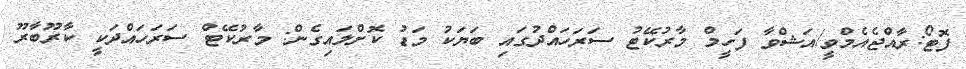
ފޮޓޯ:ރާއްޖެއެމްވީ/އަޝްވާ ފަހީމް މާރުކޭޓު ސަރަހައްދުގައި ބަޔަކު މަޑު ކޮށްލައިގެން: މާރުކޭޓް ސަރަހައްދަކީ ކާރޫބާރޫ